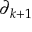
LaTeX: \partial _ { k + 1 }